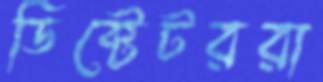
ডিক্টেটররা